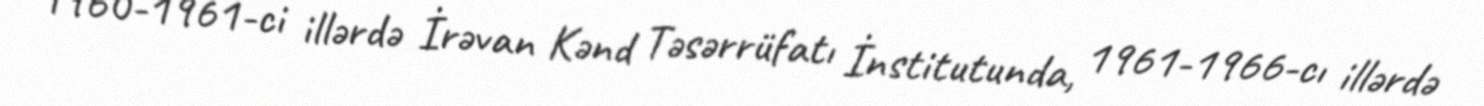
1960-1961-ci illərdə İrəvan Kənd Təsərrüfatı İnstitutunda, 1961-1966-cı illərdə